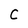
Character: C